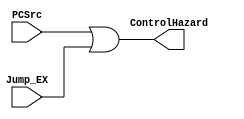
module ControlHazard(
           PCSrc,
           Jump_EX,
           ControlHazard
       );

input PCSrc;
input Jump_EX;

output ControlHazard;

assign ControlHazard = PCSrc | Jump_EX;



endmodule